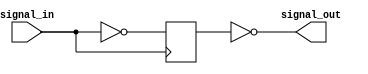
module nor_gate_delay(
    input wire signal_in,
    output wire signal_out
);

reg delayed_signal;

always @ (posedge signal_in) begin
    delayed_signal <= ~signal_in;
end

assign signal_out = ~delayed_signal;

endmodule